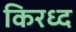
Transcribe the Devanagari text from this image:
किरध्द